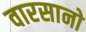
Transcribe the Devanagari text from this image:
वारसानो